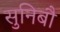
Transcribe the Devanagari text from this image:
सुनिबौ